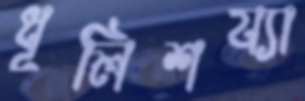
ধূলিশয্যা